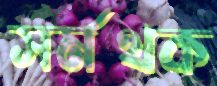
সর্মথক